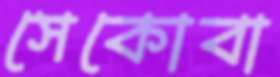
সেকোবা